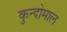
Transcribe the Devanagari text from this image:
कुन्दोमाल